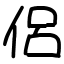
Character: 侶